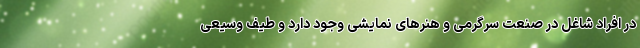
در افراد شاغل در صنعت سرگرمی و هنرهای نمایشی وجود دارد و طیف وسیعی